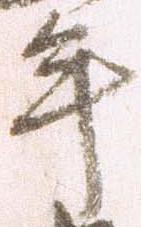
年